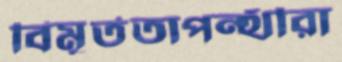
বিমূর্ততাপন্থীরা